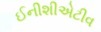
ઈનીશીએટીવ